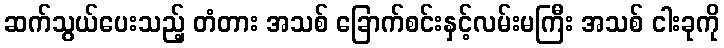
ဆက်သွယ်ပေးသည့် တံတား အသစ် ခြောက်စင်းနှင့်လမ်းမကြီး အသစ် ငါးခုကို